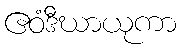
ဧဝံဒီဃာယုကာ